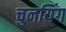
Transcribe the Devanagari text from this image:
चुनयिंग